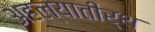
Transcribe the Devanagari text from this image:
अहल्यातीर्थ